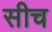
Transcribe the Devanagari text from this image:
सीच